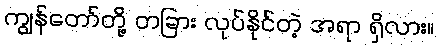
ကျွန်တော်တို့ တခြား လုပ်နိုင်တဲ့ အရာ ရှိလား။